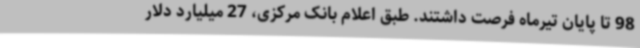
98 تا پایان تیرماه فرصت داشتند. طبق اعلام بانک مرکزی، 27 میلیارد دلار